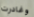
وغادرت